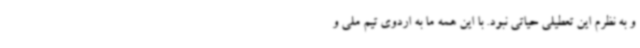
و به نظرم این تعطیلی حیاتی نبود. با این همه ما به اردوی تیم ملی و